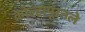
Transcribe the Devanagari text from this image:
कोल्हापूरतले